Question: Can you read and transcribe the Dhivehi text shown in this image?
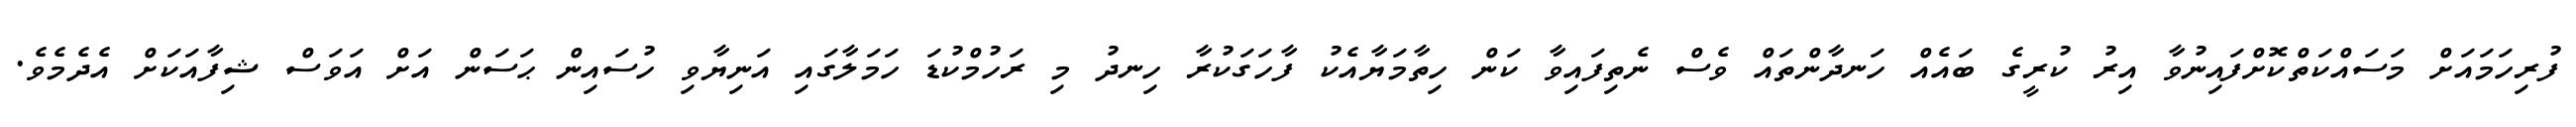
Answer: ފުރިހަމައަށް މަސައްކަތްކޮށްފައިނުވާ އިރު ކުރީގެ ބައެއް ހަނދާންތައް ވެސް ނެތިފައިވާ ކަން ހިތާމަޔާއެކު ފާހަގަކުރާ ހިނދު މި ރަހުމްކުޑަ ހަމަލާގައި އަނިޔާވި ހުސައިން ޙަސަން އަށް އަވަސް ޝިފާއަކަށް އެދެމެވެ.